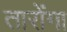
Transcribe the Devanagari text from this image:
तारोंगा